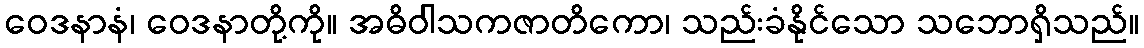
ဝေဒနာနံ၊ ဝေဒနာတို့ကို။ အဓိဝါသကဇာတိကော၊ သည်းခံနိုင်သော သဘောရှိသည်။